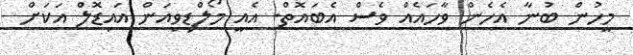
މީހުން ބުނާ އެހެން ވާހައެއް ވެސް އެބައޮތް. އެއީ މޯލްޑިވިއަން އައިޑޮލް އަކަށް